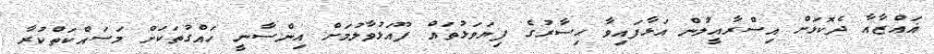
ޣައްޒާއާ ދެކޮޅަށް އިސްރާއީލުން އަޅާފައިވާ ޙިސާރުގެ ފިޔަވަޅުތައް ފޫއަޅުވާލުމަށް އިންސާނީ ހައްގުތަކަށް މަސައްކަތްކުރާ